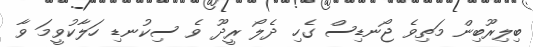
ބިލިރޫބިން މަތިވެ ޖޯނޑިސް ގެހި ދެލޯ ރީދޫ ވެ ސިކުނޑި ހަލާކުވީމަ ވާ